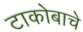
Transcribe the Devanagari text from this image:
टाकोबाचे